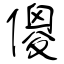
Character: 傻